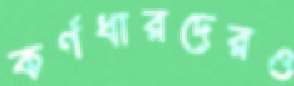
কর্ণধারদেরও